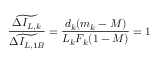
\frac { \widetilde { \Delta I _ { L , k } } } { \widetilde { \Delta I _ { L , 1 B } } } = \frac { d _ { k } ( m _ { k } - M ) } { L _ { k } F _ { k } ( 1 - M ) } = 1